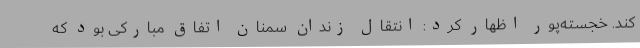
کند. خجسته‌پور اظهار کرد: انتقال زندان سمنان اتفاق مبارکی بود که